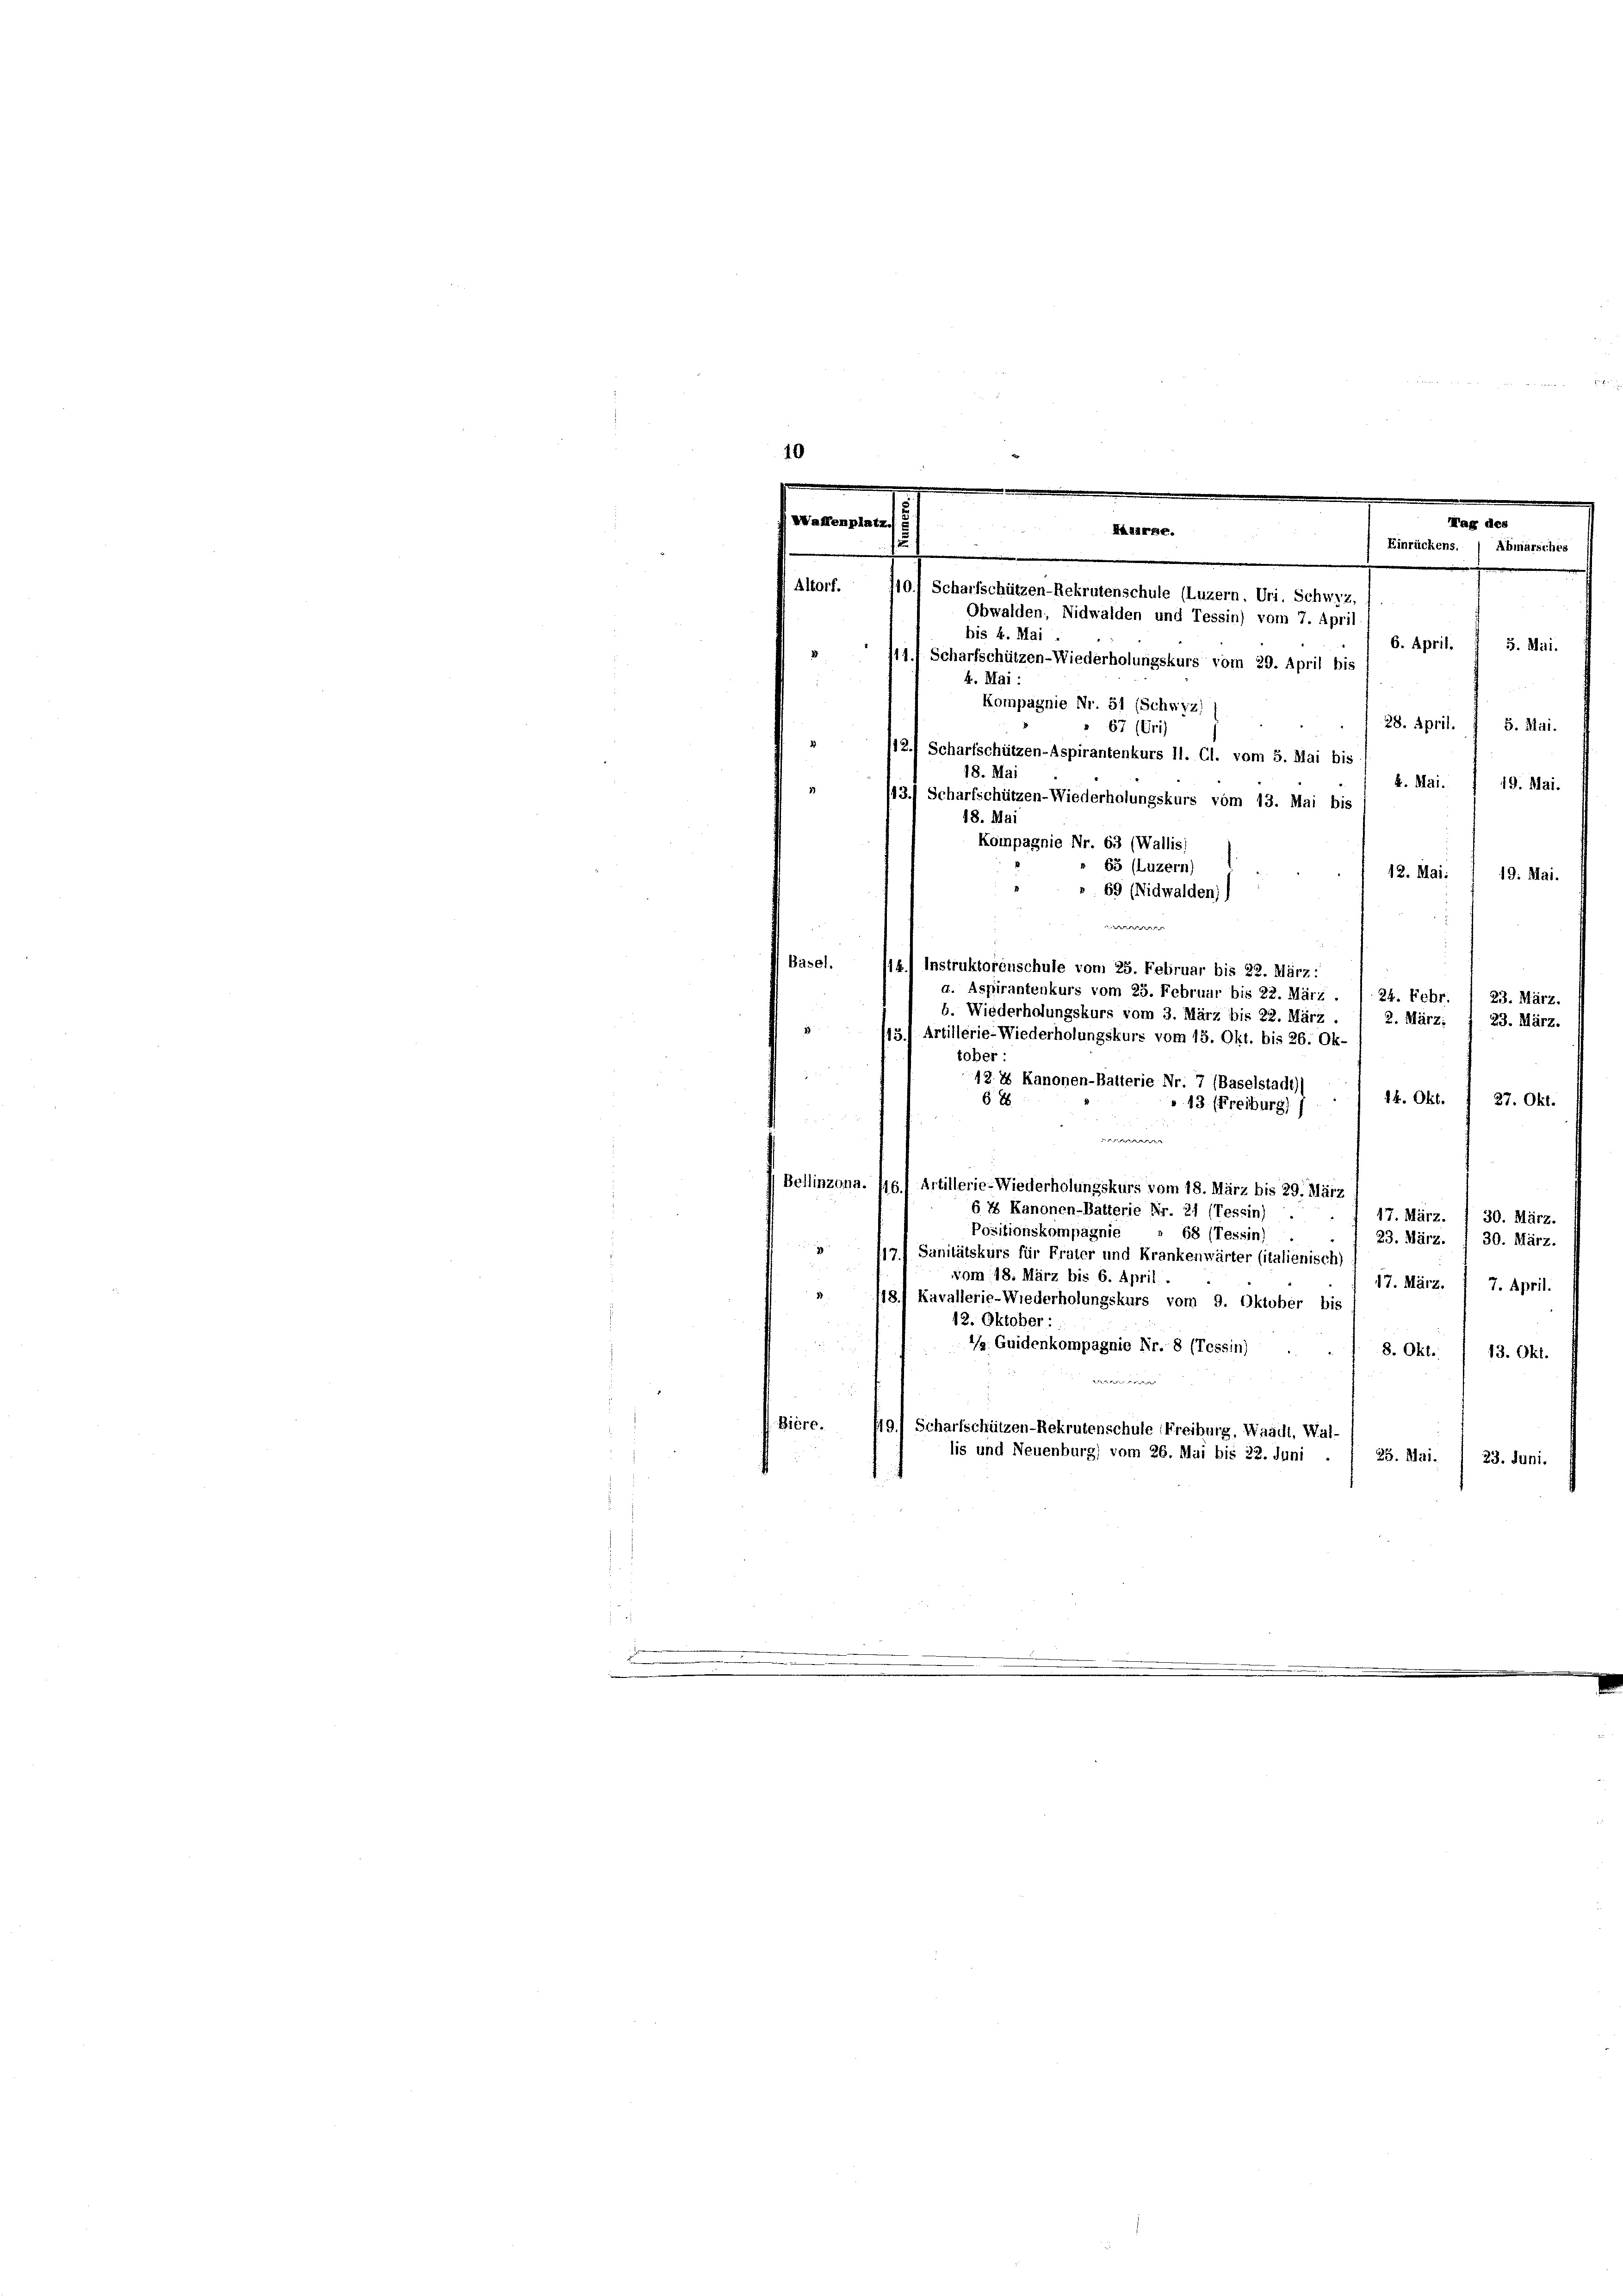
.
.
Valenplatz.
Tag des

Hazarge.
Einrückens. Abmarsches
Altorf.
10.) Scharfschützen-Rekrutenschule (Luzern, Uri, Schwyz,

Obwalden, Nidwalden und Tessin) vom 7. April
bis 4. Mai
6. April.
3. Mai.
111f Scharfschützen-Wiederholungskurs vom 29. April bis
4. Mai:
Kompagnie Nr. 51 (Schwyz)
28. April.
3. Mai.
67 (Uri)
112. Scharfschützen-Aspirantenkurs II. Cl. vom 5. Mai bis
18. Mai
k. Mai.
19. Mai.
43.) Scharfschützen-Wiederholungskurs vom 13. Mai bis
18. Mai
Kompagnie Nr. 63 (Wallis)
 65 (Luzern)
12. Mai:
19. Mai.
" 69 (Nidwalden;)
e
Basel.
/16.) Instruktorenschule vom 25. Februar bis 22. März:
a. Aspirantenkurs vom 23. Februar bis 22. März
24. Febr.
23. März.
b. Wiederholungskurs vom 3. März bis 22. März
2. März.
23. März.
13.) Artillerie-Wiederholungskurs vom 15. Okt. bis 26. Ok
tober:
42. 2 Kanonen-Balterie Nr. 7 (Baselstadt)
14. Okt.
68
27. Okt.
13 (Freiburg)
e
Bellinzona. fiel Artillerie-Wiederholungskurs vom 18. März bis 29. März
64 Kanonen-Bätterie Nr. 21 (Tessin)
17. März.
30. März.
Positionskompagnie . 68 (Tessin)
23. März. I 30. März.
 117) Sanitätskurs für Frater und Krankenwärter (italienisch)
vom 18. März bis 6. April
17. März. I 7. April.
" 118.) Kavallerie-Wiederholungskurs vom 9. Oktober bis
12. Oktober
 x
/. Guidenkompagnie Nr. 8 (Tessin)
8. Okt.
13. Okt.
1
e
Bière.
49.) Scharfschützen-Rekrutenschule (Freiburg, Waadt, Wal-
lis und Neuenburg) vom 26. Mai bis 22. Juni
25. Mai.
23. Juni.
2
e
e

.